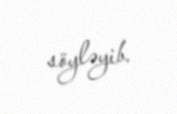
söyləyib.